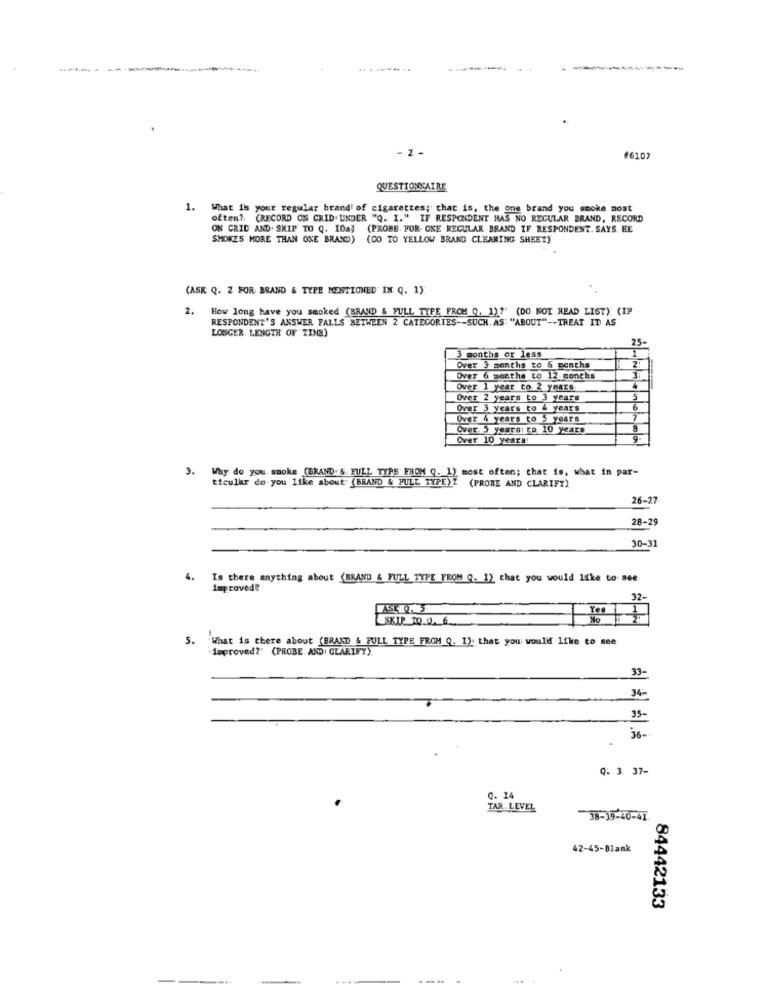
----
--...
------
#6107
QUESTIONNAIRE
1.
What is your regular brandl of cigarettes; that is, the one brand you smoke most
often ?: (RECORD ON CRID. UNDER "Q. I." IF RESPONDENT HAS NO REGULAR BRAND, RECORD
ON GRID AND. SKIP TO Q. 10a) (PROBE FOR CKE REGULAR BRAND IF RESPONDENT. SAYS. HE
SMOKES MORE THAN ONE BRAND) (CO TO YELLOW BRAND CLEARING SHEET)
(ASK Q. 2 FOR BRAND & TYPE MENTIONED IN Q. 1)
2.
How long have you smoked (BRAND & FULL TYPE FROM Q. 1)?" (DO NOT READ LISTY (IP
RESPONDENT'S ANSWER FALLS BETWEEN 2 CATEGORIES -- SUCH. AS: "ABOUT" -- TREAT IT AS
LONGER. LENGTH OF TINE)
25-
3 months or less
Over 3 months to 6 months
Over 6 months to 12 months
Over. 1 year to 2 years
Over 2 years to 3 years
5
Over 3 years to 4 years
6
Over 4 years to 5 years
Over. 5 years: to 10 years
Over 10 years!
3. Why do you. smoke (BRAND. 5. FULL TYPS FROM Q. 1) most often; that is, what in par-
ticulkr do you like about" (BRAND & FULL TYPE)? (PROBE AND CLARIFY)
26-27
28-29
30-31
4.
Is there anything about (BRAND & FULL TYPE FROM Q. 1) that you would like to see
Improved!
32-
ASK 0. 5
SKIP 10.0. 6 ..
5. What is there about (BRAND & FULL TYPE FROM Q. 1). that you would like to see
'deproved?" (PROBE AND: CLARIFY).
33-
34-
35-
36-
Q. 3 37-
Q. 14
TAR. LEVEL
-38-39-40-41
42-45-Blank
84442133
.-.. .